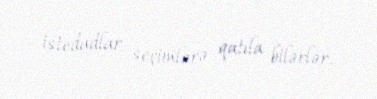
istedadlar seçimlərə qatıla bilərlər.